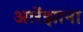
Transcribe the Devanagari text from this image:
आरेंझाना